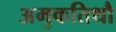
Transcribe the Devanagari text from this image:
अमुकतिथौ